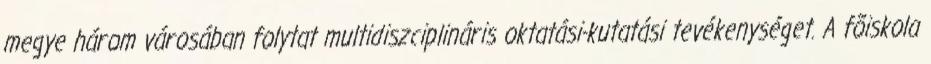
megye három városában folytat multidiszciplináris oktatási-kutatási tevékenységet. A fõiskola